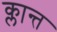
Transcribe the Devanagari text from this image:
क्लान्त